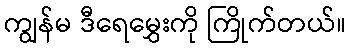
ကျွန်မ ဒီရေမွှေးကို ကြိုက်တယ်။